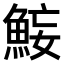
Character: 𫙜